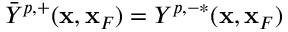
\bar { Y } ^ { p , + } ( { \bf x } , { \bf x } _ { F } ) = Y ^ { p , - * } ( { \bf x } , { \bf x } _ { F } )